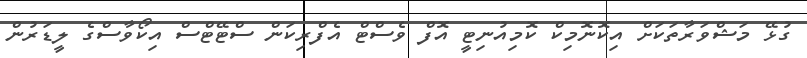
ގުޅޭ މަޝްވަރާތަކަށް އިކޮނޮމިކް ކޮމިއުނިޓީ އޮފް ވެސްޓް އެފްރިކަން ސްޓޭޓްސް އިކޯވާސްގެ ލީޑަރުން